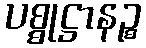
ပစ္စုဋ္ဌာနဉ္စ